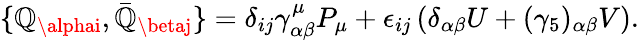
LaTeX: \{ \mathbb{Q}_{\alphai},\bar{{\mathbb{Q}}}_{\betaj}\} =\delta_{ij}\gamma_{\alpha\beta}^{\mu}P_{\mu}+\epsilon_{ij}\left(\delta_{\alpha\beta}U+(\gamma_{5})_{\alpha\beta}V\right).